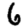
Digit: 6